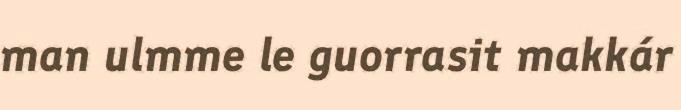
man ulmme le guorrasit makkár